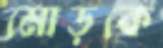
মোড়কে